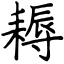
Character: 耨